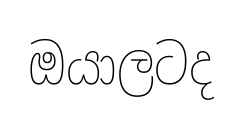
ඔයාලටද